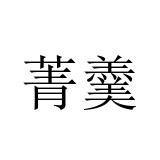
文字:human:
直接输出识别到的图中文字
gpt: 菁羹